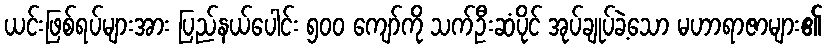
ယင်းဖြစ်ရပ်များအား ပြည်နယ်ပေါင်း ၅၀၀ ကျော်ကို သက်ဦးဆံပိုင် အုပ်ချုပ်ခဲ့သော မဟာရာဇာများ၏